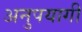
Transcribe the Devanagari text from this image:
अनुपयागी